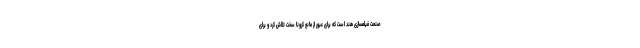
صنعت فیلمسازی هند است که برای عبور از مانع کرونا سخت تلاش کرد و برای